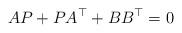
LaTeX: \begin{align*} A P + P A^\top + B B^\top = 0\end{align*}